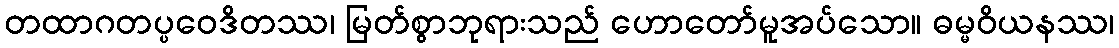
တထာဂတပ္ပဝေဒိတဿ၊ မြတ်စွာဘုရားသည် ဟောတော်မူအပ်သော။ ဓမ္မဝိယနဿ၊